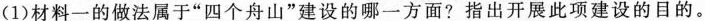
（1）材料一的做法属于“四个舟山”建设的哪一方面？指出开展此项建设的目的。